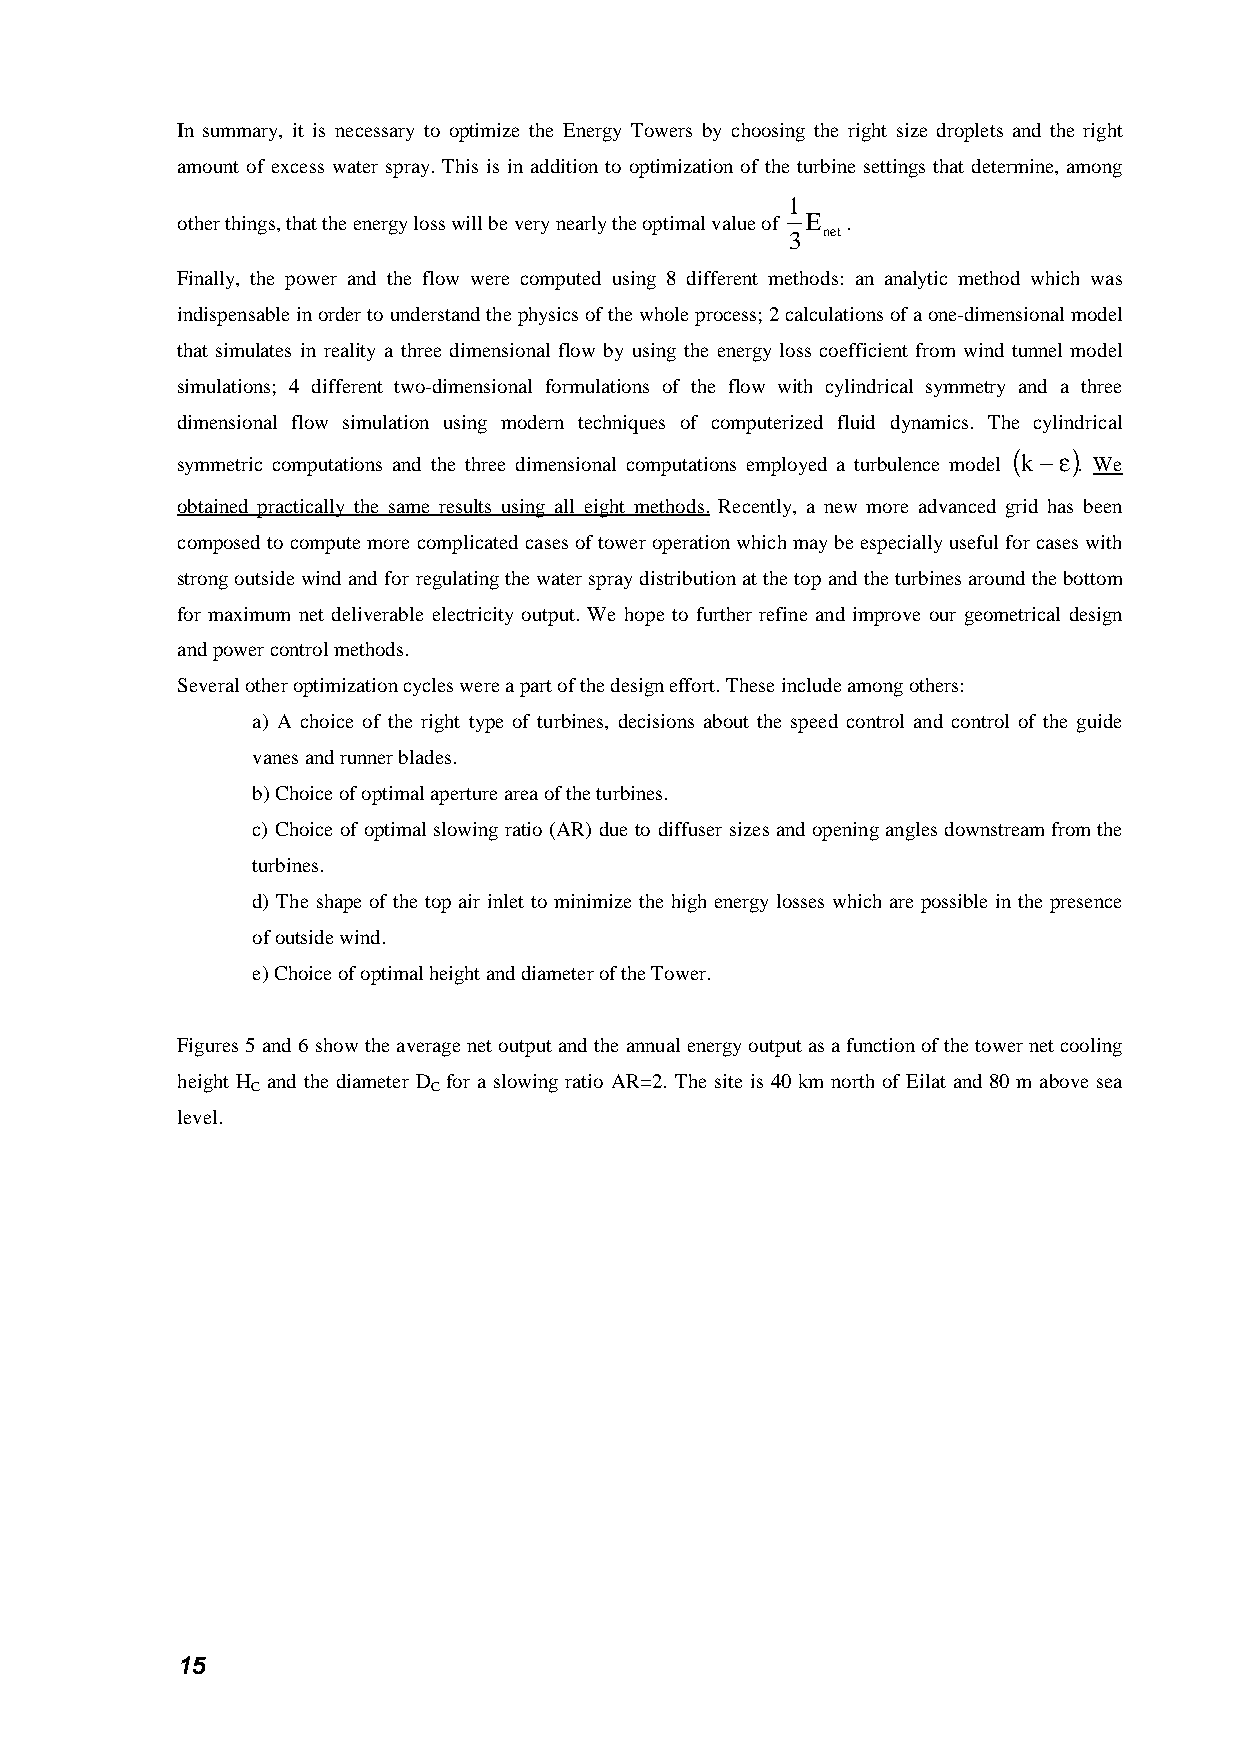
In summary, it is necessary to optimize the Energy Towers by choosing the right size droplets and the right
 amount of excess water spray. This is in addition to optimization of the turbine settings that determine, among
 1
 other things, that the energy loss will be very nearly the optimal value of E .
 3 net
 Finally, the power and the flow were computed using 8 different methods: an analytic method which was
 indispensable in order to understand the physics of the whole process; 2 calculations of a one-dimensional model
 that simulates in reality a three dimensional flow by using the energy loss coefficient from wind tunnel model
 simulations; 4 different two-dimensional formulations of the flow with cylindrical symmetry and a three
 dimensional flow simulation using modern techniques of computerized fluid dynamics. The cylindrical
 (   )
 symmetric computations and the three dimensional computations employed a turbulence model k −ε . We
 obtained practically the same results using all eight methods. Recently, a new more advanced grid has been
 composed to compute more complicated cases of tower operation which may be especially useful for cases with
 strong outside wind and for regulating the water spray distribution at the top and the turbines around the bottom
 for maximum net deliverable electricity output. We hope to further refine and improve our geometrical design
 and power control methods.
 Several other optimization cycles were a part of the design effort. These include among others:
 a) A choice of the right type of turbines, decisions about the speed control and control of the guide
 vanes and runner blades.
 b) Choice of optimal aperture area of the turbines.
 c) Choice of optimal slowing ratio (AR) due to diffuser sizes and opening angles downstream from the
 turbines.
 d) The shape of the top air inlet to minimize the high energy losses which are possible in the presence
 of outside wind.
 e) Choice of optimal height and diameter of the Tower.
 Figures 5 and 6 show the average net output and the annual energy output as a function of the tower net cooling
 height H and the diameter D for a slowing ratio AR=2. The site is 40 km north of Eilat and 80 m above sea
 C           C
 level.
 15